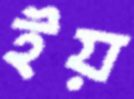
ইয়